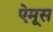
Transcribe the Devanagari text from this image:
ऐमूस